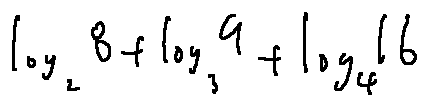
\log _ { 2 } 8 + \log _ { 3 } 9 + \log _ { 4 } 1 6